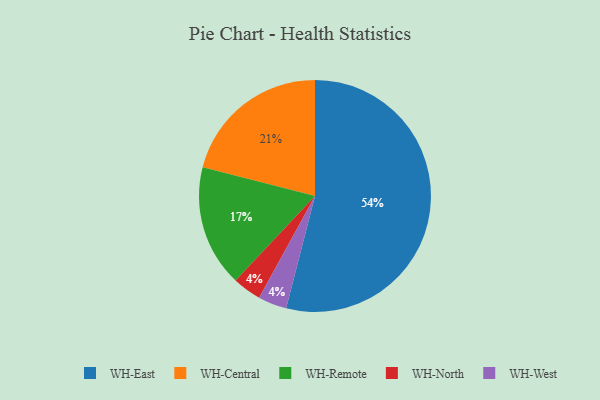
{"axis": {"x": "Category", "y": "Percentage"}, "legend": ["WH-Central", "WH-East", "WH-North", "WH-Remote", "WH-West"], "data": [{"x": "WH-Central", "y": 21, "type": "WH-Central"}, {"x": "WH-East", "y": 54, "type": "WH-East"}, {"x": "WH-North", "y": 4, "type": "WH-North"}, {"x": "WH-West", "y": 4, "type": "WH-West"}, {"x": "WH-Remote", "y": 17, "type": "WH-Remote"}]}